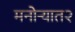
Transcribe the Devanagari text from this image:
मनोऱ्यात२